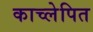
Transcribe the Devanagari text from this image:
काच्लेपित